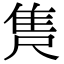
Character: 𮥺